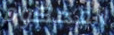
المحكوم